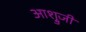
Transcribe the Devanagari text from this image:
आश्रुजी